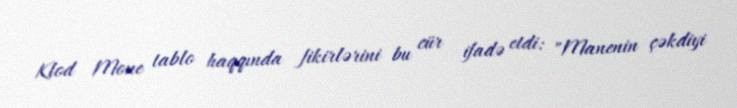
Klod Mone tablo haqqında fikirlərini bu cür ifadə etdi: "Manenin çəkdiyi